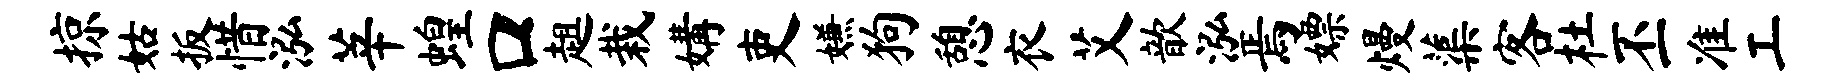
掠姑扳惜泓莘蝗口趄栽媾吏嫌狗憩衣艾歆泓焉嫖熳蕖客杜丕准工